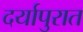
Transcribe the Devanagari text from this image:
दर्यापुरात